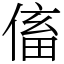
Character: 傗